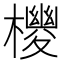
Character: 𪴉